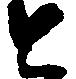
と